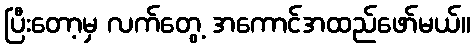
ပြီးတော့မှ လက်တွေ့ အကောင်အထည်ဖော်မယ်။